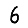
Digit: 6